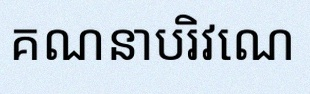
គណនាបរិវេណ